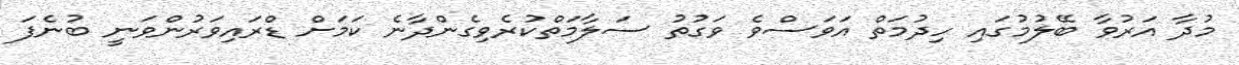
މުދާ އަރުވާ ބޭލުމުގައި ހިދުމަތް އަވަސްވެ ވަގުތު ސަލާމަތްކުރެވިގެންދާނެ ކަމަށް ޑްރައިވަރުންވަނީ ބުނެފަ